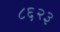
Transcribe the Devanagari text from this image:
८६२३